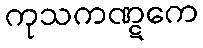
ကုသကဏ္ဋကေ